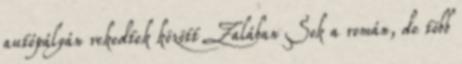
autópályán rekedtek között Zalában Sok a román, de több